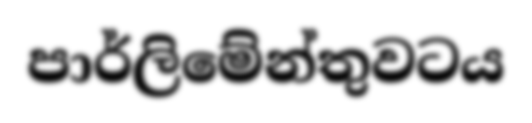
පාර්ලිමේන්තුවටය